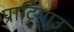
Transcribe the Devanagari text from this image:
प्राटिगाउ